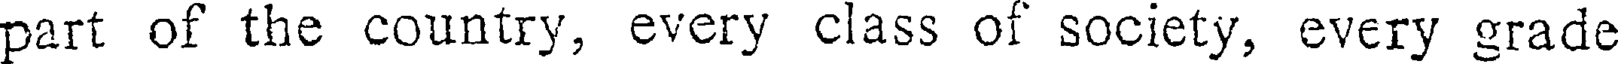
part of the country, every class of society, every grade